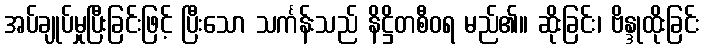
အပ်ချုပ်မှုပြီးခြင်းဖြင့် ပြီးသော သင်္ကန်းသည် နိဋ္ဌိတစီဝရ မည်၏။ ဆိုးခြင်း၊ ဗိန္ဒုထိုးခြင်း